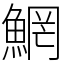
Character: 䱩